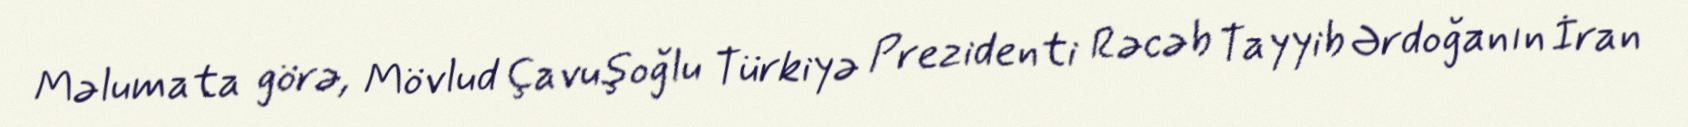
Məlumata görə, Mövlud Çavuşoğlu Türkiyə Prezidenti Rəcəb Tayyib Ərdoğanın İran